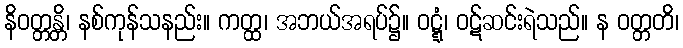
နိဝတ္တန္တိ၊ နစ်ကုန်သနည်း။ ကတ္ထ၊ အဘယ်အရပ်၌။ ဝဋ္ဋံ၊ ဝဋ်ဆင်းရဲသည်။ န ဝတ္တတိ၊